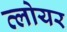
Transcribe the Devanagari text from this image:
व्लोयर